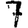
Digit: 7